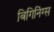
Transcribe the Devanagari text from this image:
बिगिनिंग्स